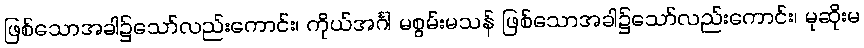
ဖြစ်သောအခါ၌သော်လည်းကောင်း၊ ကိုယ်အင်္ဂါ မစွမ်းမသန် ဖြစ်သောအခါ၌သော်လည်းကောင်း၊ မုဆိုးမ